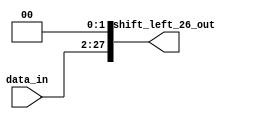
module ShiftLeft26(
    input  wire [25:0] data_in,
    output wire [27:0] shift_left_26_out
);

    wire [27:0] data;

    assign data = {{2{1'b0}}, data_in};
    assign shift_left_26_out = data << 2;

endmodule